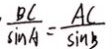
\frac { B C } { \sin A } = \frac { A C } { \sin B }